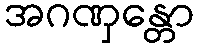
အဂဏှန္တော